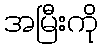
အမြီးကို